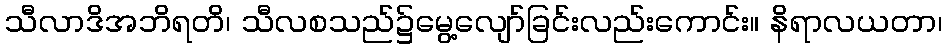
သီလာဒိအဘိရတိ၊ သီလစသည်၌မွေ့လျော်ခြင်းလည်းကောင်း။ နိရာလယတာ၊